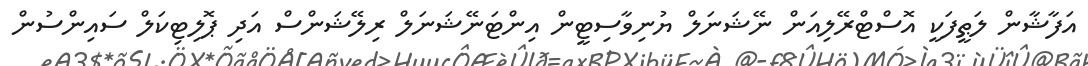
އަފާޝާން ލަޠީފަކީ އޮސްޓްރޭލިއަން ނޭޝަނަލް ޔުނިވާސިޓީން އިންޓަނޭޝަނަލް ރިލޭޝަންސް އަދި ޕޮލިޓިކަލް ސައިންސުން